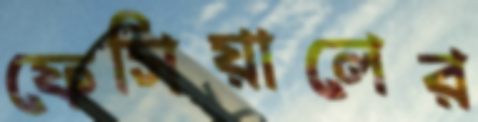
ফেসিয়ালের